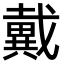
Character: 戴